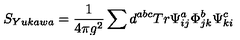
S _ { Y u k a w a } = \frac { 1 } { 4 \pi g ^ { 2 } } \sum d ^ { a b c } T r \Psi _ { i j } ^ { a } \Phi _ { j k } ^ { b } \Psi _ { k i } ^ { c }